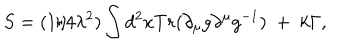
S = ( 1 / 4 \lambda ^ { 2 } ) \int d ^ { 2 } x T r ( \partial _ { \mu } g \partial ^ { \mu } g ^ { - 1 } ) \; + \; k \Gamma ,